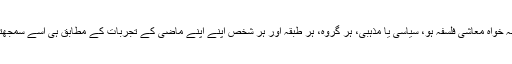
چنانچہ خواہ معاشی فلسفہ ہو، سیاسی یا مذہبی، ہر گروہ، ہر طبقہ اور ہر شخص اپنے اپنے ماضی کے تجربات کے مطابق ہی اسے سمجھتا ہے۔